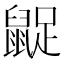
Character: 𪕝